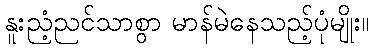
နူးညံ့ညင်သာစွာ မာန်မဲနေသည့်ပုံမျိုး။